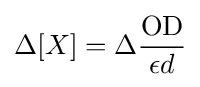
\Delta [X]=\Delta {\frac {\text{OD}}{\epsilon d}}